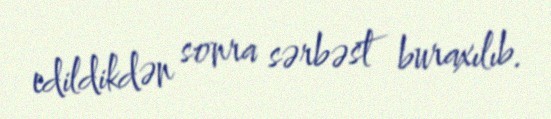
edildikdən sonra sərbəst buraxılıb.